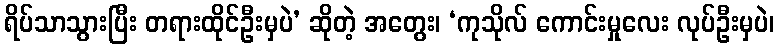
ရိပ်သာသွားပြီး တရားထိုင်ဦးမှပဲ’ ဆိုတဲ့ အတွေး၊ ‘ကုသိုလ် ကောင်းမှုလေး လုပ်ဦးမှပဲ၊